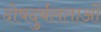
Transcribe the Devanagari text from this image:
दोषदुर्बलताओं